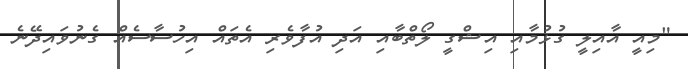
"މިއީ އާއިލީ ގުޅުމާއި އިޝްގީ ލޯތްބާއި އަދި އުފާވެރި އެތައް އިހުސާސެއް ގެނުވައިދޭނެ